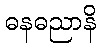
ဓနဓညာနိ